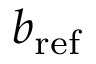
b _ { \mathrm { r e f } }